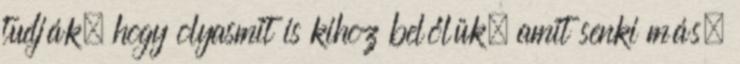
tudják, hogy olyasmit is kihoz belőlük, amit senki más.